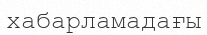
хабарламадағы